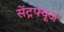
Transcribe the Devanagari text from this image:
सेंट्रफ्यूज